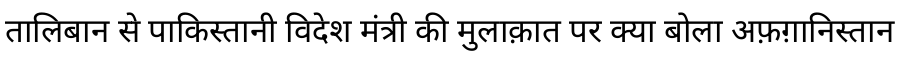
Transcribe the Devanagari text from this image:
तालिबान से पाकिस्तानी विदेश मंत्री की मुलाक़ात पर क्या बोला अफ़ग़ानिस्तान